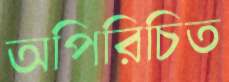
অপিরিচিত